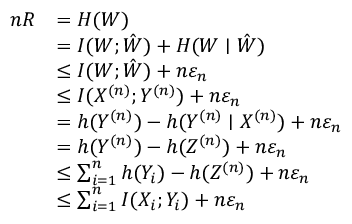
{ \begin{array} { r l } { n R } & { = H ( W ) } \\ & { = I ( W ; { \hat { W } } ) + H ( W \mid { \hat { W } } ) } \\ & { \leq I ( W ; { \hat { W } } ) + n \varepsilon _ { n } } \\ & { \leq I ( X ^ { ( n ) } ; Y ^ { ( n ) } ) + n \varepsilon _ { n } } \\ & { = h ( Y ^ { ( n ) } ) - h ( Y ^ { ( n ) } \mid X ^ { ( n ) } ) + n \varepsilon _ { n } } \\ & { = h ( Y ^ { ( n ) } ) - h ( Z ^ { ( n ) } ) + n \varepsilon _ { n } } \\ & { \leq \sum _ { i = 1 } ^ { n } h ( Y _ { i } ) - h ( Z ^ { ( n ) } ) + n \varepsilon _ { n } } \\ & { \leq \sum _ { i = 1 } ^ { n } I ( X _ { i } ; Y _ { i } ) + n \varepsilon _ { n } } \end{array} }